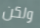
ولكن